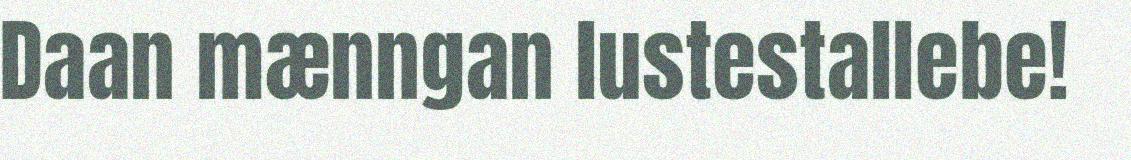
Daan mænngan lustestallebe!